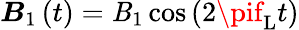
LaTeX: \boldsymbol{\mathit{B}}_{1}\left(t\right)=\mathit{B}_{1}\cos\left(2\pif_{\mathrm{{L}}}t\right)